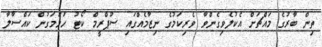
ތިން ބާރުގެ މައްޗަށް އެކުލެވިގެންވާ ވެރިކަމުގެ ނިޒާމެއްގައި ސުޕްރީމް ކޯޓު ހަމަމަގުން ކައްސާލާ